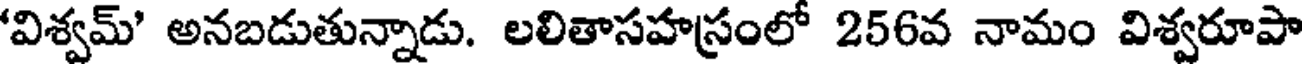
'విశ్వమ్' అనబడుతున్నాడు. లలితాసహస్రంలో 256వ నామం విశ్వరూపా